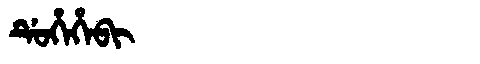
Manchu: ᡩᡠᡥᡝᡥᡝᠪᡳ
Romanization: DUHEHEBI